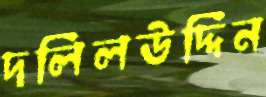
দলিলউদ্দিন